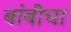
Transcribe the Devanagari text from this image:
बांबींचा